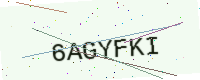
Text: 6AGYFKI